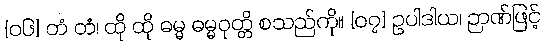
[၀၆] တံ တံ၊ ထို ထို ဓမ္မ ဓမ္မဝုတ္တိ စသည်ကို။ [၀၇] ဥပါဒါယ၊ ဉာဏ်ဖြင့်